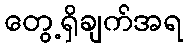
တွေ့ရှိချက်အရ